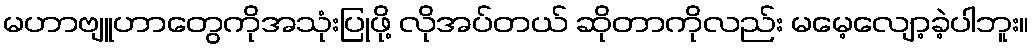
မဟာဗျူဟာတွေကိုအသုံးပြုဖို့ လိုအပ်တယ် ဆိုတာကိုလည်း မမေ့လျော့ခဲ့ပါဘူး။